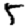
Digit: 5